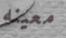
معينه